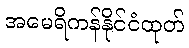
အမေရိကန်နိုင်ငံထုတ်